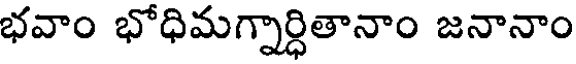
భవాం భోధిమగ్నార్ధితానాం జనానాం